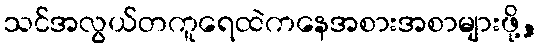
သင်အလွယ်တကူရေထဲကနေအစားအစာများဖို့,